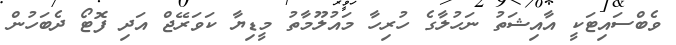
ވެބްސައިޓަކީ އާއިޝަތު ނަހުލާގެ ހުރިހާ މައުލޫމާތު މީޑިޔާ ކަވަރޭޖް އަދި ފޮޓޯ ދެބަހުން